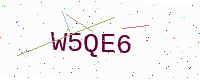
Text: W5QE6